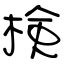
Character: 検